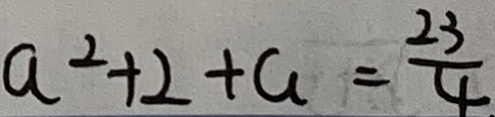
a ^ { 2 } + 2 + a = \frac { 2 3 } { 4 }